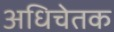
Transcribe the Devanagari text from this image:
अधिचेतक